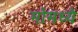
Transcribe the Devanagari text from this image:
मोमध्ये